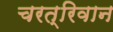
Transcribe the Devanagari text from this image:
चरत्रिवान